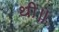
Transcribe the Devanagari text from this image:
थी॥